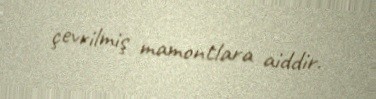
çevrilmiş mamontlara aiddir.